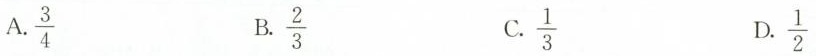
A.\frac{3}{4} B.\frac{2}{3} C.\frac{1}{3} D.\frac{1}{2}